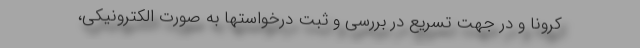
کرونا و در جهت تسریع در بررسی و ثبت درخواستها به صورت الکترونیکی،